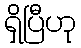
ရှိပြီဟု